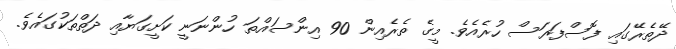
ދޭތެރޭގައި ފޮސްފަރަސް ހުރެއެވެ. މީގެ ތެރެއިން 90 އިންސައްތަ ހުންނަނީ ކަށީގަޔާއި ދަތްތަކުގައެވެ.